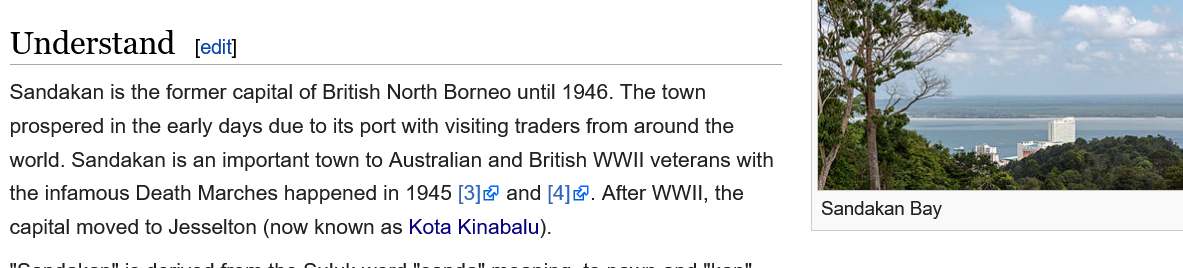
Understand
  Sandakan is the former capital of British North Borneo until 1946. The town
  prospered in the early days due to its port with visiting traders from around the
  world. Sandakan is an important town to Australian and British WWII veterans with
  the infamous Death Marches happened in 1945 [3] and [4]. After WWII, the
  capital moved to Jesselton (now known as Kota Kinabalu).
     Sandakan Bay